Vaccination in Bombay 1902-1912 - 1902-1912
Year: 1902
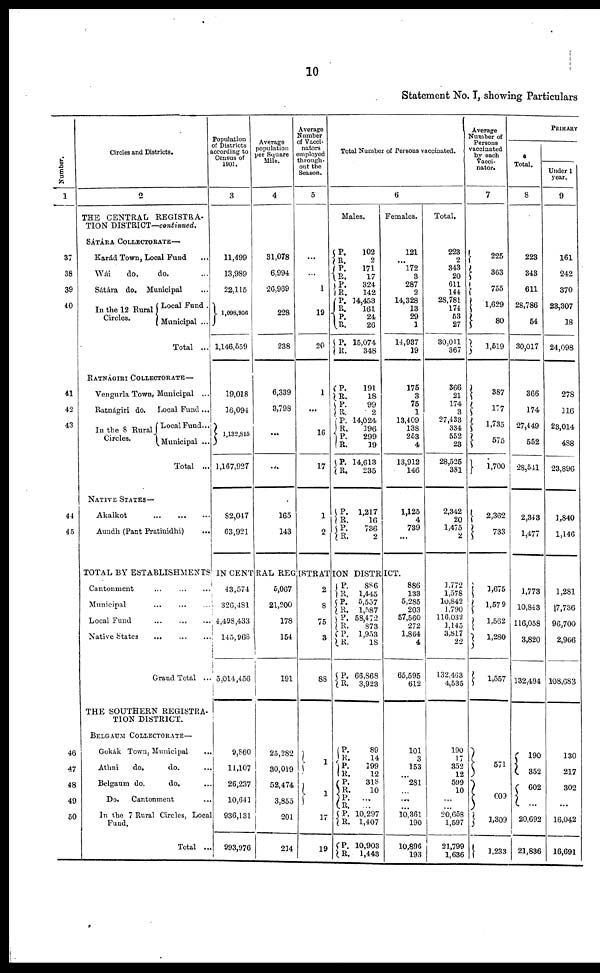
10
Statement No. I, showing Particulars
Number.
1
37
38
39
40
41
42
43
44
45
46
47
48
49
50
Circles and Districts.
2
THE CENTRAL REGISTRA-
TION DISTRICT—continued.
SÁTÁRA COLECTORATE—
Karád Town, Local Fund ...
Wái
do.
do. ...
Sátára do. Municipal ...
In the 12 Rural
Circles.
Local Fund .
Municipal ...
Total ...
RATNÁGIRI COLLECTORATE—
Vengurla Town, Municipal ...
Ratnágiri do. Local Fund ...
In the 8 Rural
Circles.
Local Fund...
Municipal ...
Total ...
NATIVE STATES—
Akalkot
...
...
...
Aundh (Pant Pratinidhi) ...
Population
of Districts
according to
Census of
1901.
3
11,499
13,989
22,115
1,098,956
1,146,559
19,018
16,094
1,133,815
1,167,927
82,047
63,921
Average
population
per Square
Mile.
4
31,078
6,994
26,969
228
238
6,339
3,798
...
...
165
143
Average
Number
of Vacci-
nates
employed
through-
out the
Season.
5
...
...
1
19
20
1
...
16
17
1
2
Total Number of Persons vaccinated.
6
Males.
P.
R.
P.
R.
P.
R.
P.
R.
P.
R.
P.
R.
P.
R. P.
R.
P.
R.
P.
R.
P.
R.
P.
R. P.
R.
102
2
171
17
324
142
14,453
161
24
26
15,074
348
191
18
99
2
14,024
196
299
19
14,613
235
1,217
16
736
2
Females.
121
...
172
3
287
2
14,328
13
29
1
14,937
19
175
3
75
1
13,409
138
253
4
13,912
146
1,125
4
739
...
Total.
223
2
343
20
611
144
28,781
174
53
27
30,011
367
366
21
174
3
27,433
334
552
23
28,525
381
2,342
20
1,475
2
Average
Number of
Persons
vaccinated
by each
Vacci-
nator.
7
225
363
755
1,629
80
1,519
387
177
1,735
575
1,700
2,362
733
PRIMARY
Total.
8
223
343
611
28,786
54
30,017
366
174
27,449
552
28,541
2,343
1,477
Under 1
year.
9
161
242
370
23,307
18
24,098
278
116
23,014
488
23,896
1,840
1,146
TOTAL BY ESTABLISHMENTS IN CENTRAL REGIRTRATION DISTRICT.
Cantonment
...
...
...
Municipal ... ... ...
Local Fund
...
...
...
Native States
...
...
...
Grand Total ...
THE SOUTHERN REGISTRA-
TION DISTRICT.
BELGAUM COLLECTORATE—
Gokák Town, Municipal ...
Athni
do.
do.
Belgaum do.
do.
Do.
Cantonment ...
In the 7 Rural Circles, Local
Fund.
Total ...
43,574
326,481
4,498,433
145,963
5,014,456
9,860
11,107
26,237
10,641
936,131
993,976
5,067
21,200
178
154
191
25,282
30,019
52,474
3,855
201
214
2
8
75
3
88
1
1
17
19
P.
R.
P.
R. P.
R.
P.
R.
P.
R.
P.
R.
P.
R. P.
R. P.
R.
P.
R.
P.
R.
886
1,445
5,557
1,587
58,472
873
1,953
18
66,868
3,923
89
14
199
12
318
10
...
...
10,297
1,407
10,903
1,443
886
133
5,285
203
57,560
272
1,864
4
65,595
612
101
3
153
...
281
...
...
...
10,361
190
10,896
193
1,772
1,578
10,842
1,790
116,032
1,145
3,817
22
132,463
4,535
190
17
352
12
599
10
...
...
20,658
1,597
21,799
1,636
1,675
1,579
1,562
1,280
1,557
571
609
1,309
1,233
1,773
10,843
116,058
3,820
132,494
190
352
602
...
20,692
21,836
1,281
7,736
96,700
2,966
108,683
130
217
302
...
16,042
16,691